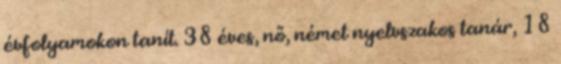
évfolyamokon tanít. 38 éves, nő, német nyelvszakos tanár, 18